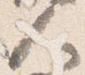
人